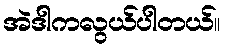
အဲဒါကလွယ်ပါတယ်။